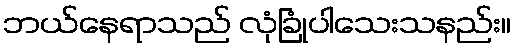
ဘယ်နေရာသည် လုံခြုံပါသေးသနည်း။